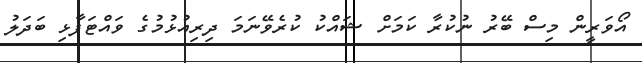
އޯވަރީން މިސް ބޭރު ނުކުރާ ކަމަށް ޝައްކު ކުރެވޭނަމަ ދިރިއުޅުމުގެ ވައްޓަފާޅި ބަދަލު